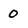
Character: 0